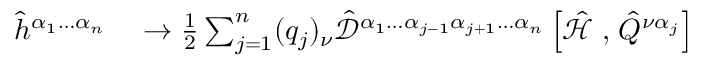
\begin{array} { r l } { \hat { h } ^ { \alpha _ { 1 } \hdots \alpha _ { n } } } & { { } \to \frac { 1 } { 2 } \sum _ { j = 1 } ^ { n } ( q _ { j } ) _ { \nu } \hat { \mathcal { D } } ^ { \alpha _ { 1 } \hdots \alpha _ { j - 1 } \alpha _ { j + 1 } \hdots \alpha _ { n } } \left[ \hat { \mathcal { H } } \right. , \left. \hat { Q } ^ { \nu \alpha _ { j } } \right] } \end{array}